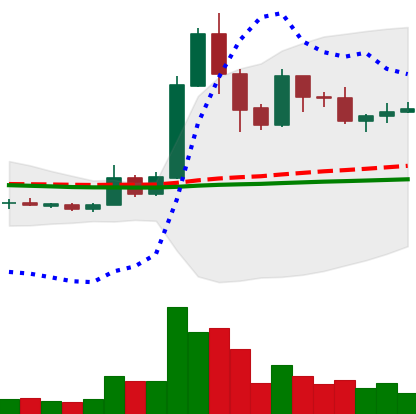
Ticker: XRP-USD
Chart end date: 2019-05-25
Forward return: 9.135%
Label: up_7plus